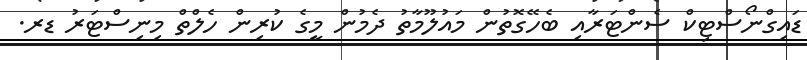
ޑައިގްނޯސްޓިކް ސެންޓަރާއި ބެހޭގޮތުން މައުލޫމާތު ދެމުން މީގެ ކުރިން ހެލްތް މިނިސްޓަރު ޑރ.